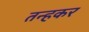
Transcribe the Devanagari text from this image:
तन्हकर